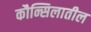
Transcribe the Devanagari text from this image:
कौन्सिलातील